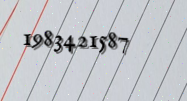
1983421587